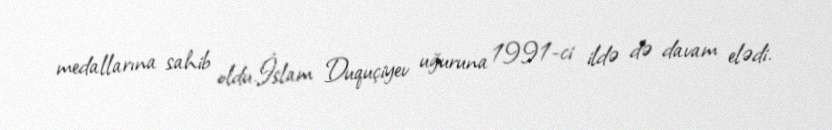
medallarına sahib oldu.İslam Duquçiyev uğuruna 1991-ci ildə də davam elədi.